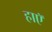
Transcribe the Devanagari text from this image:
हाएॅ